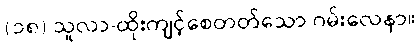
(၁၈) သူလာ-ထိုးကျင့်စေတတ်သော ဂမ်းလေနာ။